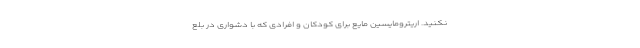
نکنید. اریترومایسین مایع برای کودکان و افرادی که با دشواری در بلع